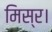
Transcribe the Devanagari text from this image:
मिस्र।